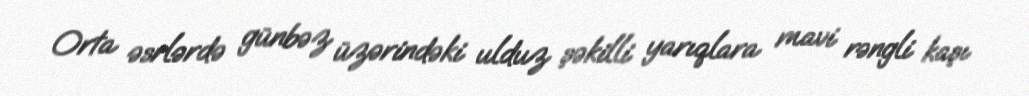
Orta əsrlərdə günbəz üzərindəki ulduz şəkilli yarıqlara mavi rəngli kaşı